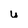
Character: u